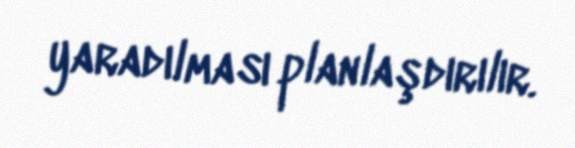
yaradılması planlaşdırılır.